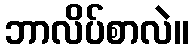
ဘာလိပ်စာလဲ။